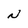
Character: N